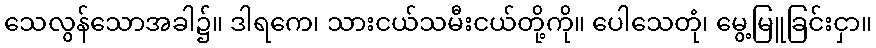
သေလွန်သောအခါ၌။ ဒါရကေ၊ သားငယ်သမီးငယ်တို့ကို။ ပေါသေတုံ၊ မွေ့မြူခြင်းငှာ။